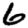
Digit: 6